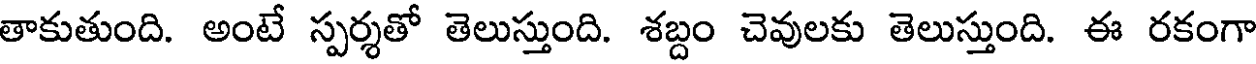
తాకుతుంది. అంటే స్పర్శతో తెలుస్తుంది. శబ్దం చెవులకు తెలుస్తుంది. ఈ రకంగా